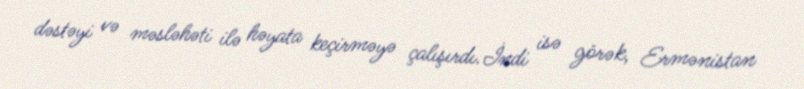
dəstəyi və məsləhəti ilə həyata keçirməyə çalışırdı.İndi isə görək, Ermənistan